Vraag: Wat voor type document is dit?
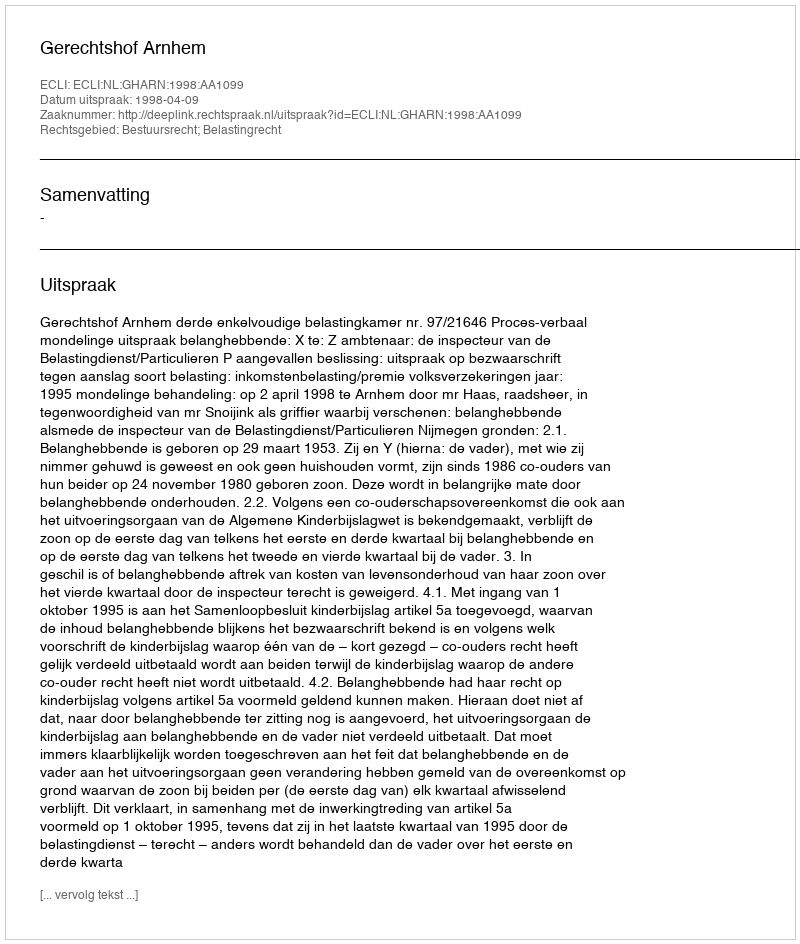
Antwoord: Uitspraak